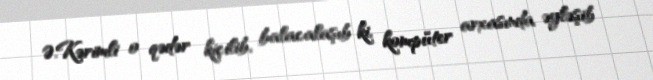
Ə.Kərimli o qədər kiçilib, balacalaşıb ki, kompüter arxasında əyləşib